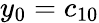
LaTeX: y_{0}=c_{10}